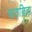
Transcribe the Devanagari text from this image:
पातयिता